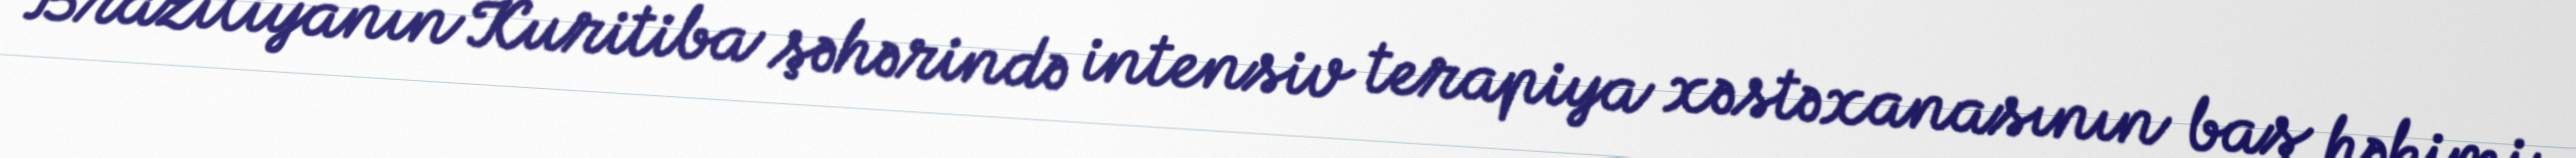
Braziliyanın Kuritiba şəhərində intensiv terapiya xəstəxanasının baş həkimi